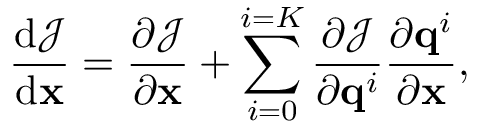
\frac { \mathrm { d } \mathcal { J } } { \mathrm { d } \ensuremath { \mathbf { x } } } = \ensuremath { \frac { \partial \mathcal { J } } { \partial \ensuremath { \mathbf { x } } } } + \sum _ { i = 0 } ^ { i = K } \ensuremath { \frac { \partial \mathcal { J } } { \partial \mathbf { q } ^ { i } } } \ensuremath { \frac { \partial \mathbf { q } ^ { i } } { \partial \ensuremath { \mathbf { x } } } } ,